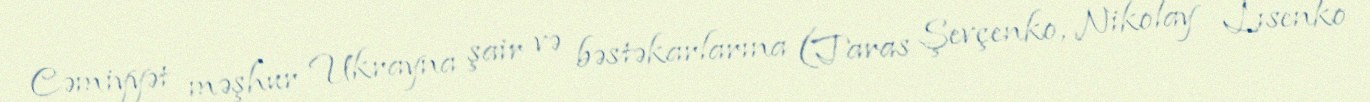
Cəmiyyət məşhur Ukrayna şair və bəstəkarlarına (Taras Şevçenko, Nikolay Lısenko